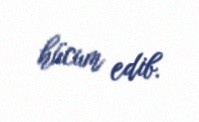
hücum edib.